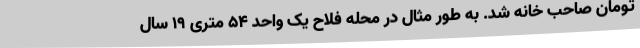
تومان صاحب خانه شد. به طور مثال در محله فلاح یک واحد ۵۴ متری ۱۹ سال